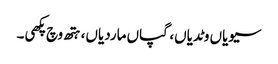
سیویاں وٹدیاں، گپاں ماردیاں، ہتھ وچ پکھی۔